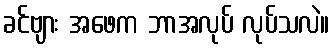
ခင်ဗျား အဖေက ဘာအလုပ် လုပ်သလဲ။